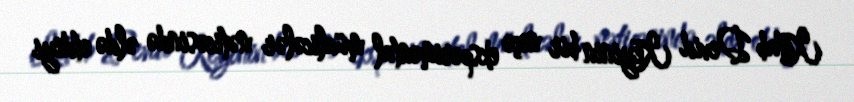
Kitab Devid Keyinin bir neçə eksperimental müalicələr nəticəsində əldə etdiyi